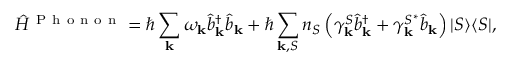
\hat { H } ^ { \mathrm { ~ P ~ h ~ o ~ n ~ o ~ n ~ } } = \hbar \sum _ { \mathbf { k } } \omega _ { \mathbf { k } } \hat { b } _ { \mathbf { k } } ^ { \dagger } \hat { b } _ { \mathbf { k } } + \hbar \sum _ { { \mathbf { k } } , S } n _ { S } \left( \gamma _ { \mathbf { k } } ^ { S } \hat { b } _ { \mathbf { k } } ^ { \dagger } + \gamma _ { \mathbf { k } } ^ { S ^ { * } } \hat { b } _ { \mathbf { k } } \right) \vert S \rangle \langle S \vert ,